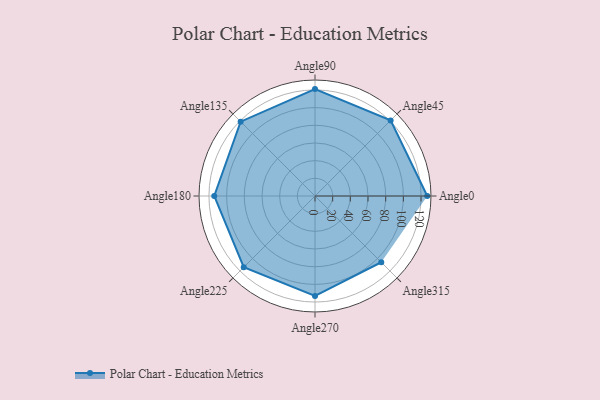
{"axis": {"x": "Angle", "y": "Radius"}, "legend": [""], "data": [{"x": "Angle0", "y": 127.0, "type": ""}, {"x": "Angle45", "y": 121.0, "type": ""}, {"x": "Angle90", "y": 121.0, "type": ""}, {"x": "Angle135", "y": 119.0, "type": ""}, {"x": "Angle180", "y": 114.0, "type": ""}, {"x": "Angle225", "y": 114.0, "type": ""}, {"x": "Angle270", "y": 113.0, "type": ""}, {"x": "Angle315", "y": 106.0, "type": ""}]}